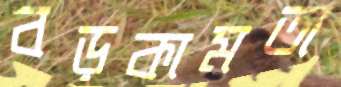
বড়কামতা